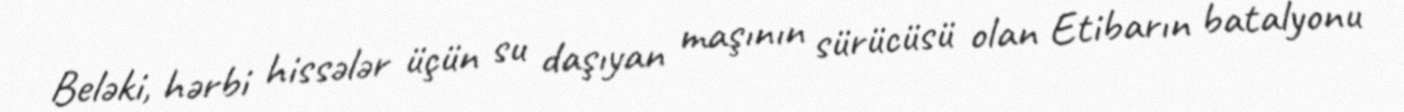
Beləki, hərbi hissələr üçün su daşıyan maşının sürücüsü olan Etibarın batalyonu